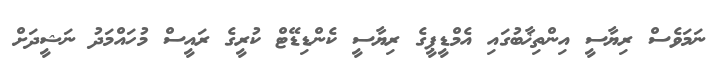
ނަމަވެސް ރިޔާސީ އިންތިޚާބުގައި އެމްޑީޕީގެ ރިޔާސީ ކެންޑިޑޭޓް ކުރީގެ ރައީސް މުހައްމަދު ނަޝީދަށް